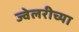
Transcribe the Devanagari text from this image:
ज्वेलरीच्या